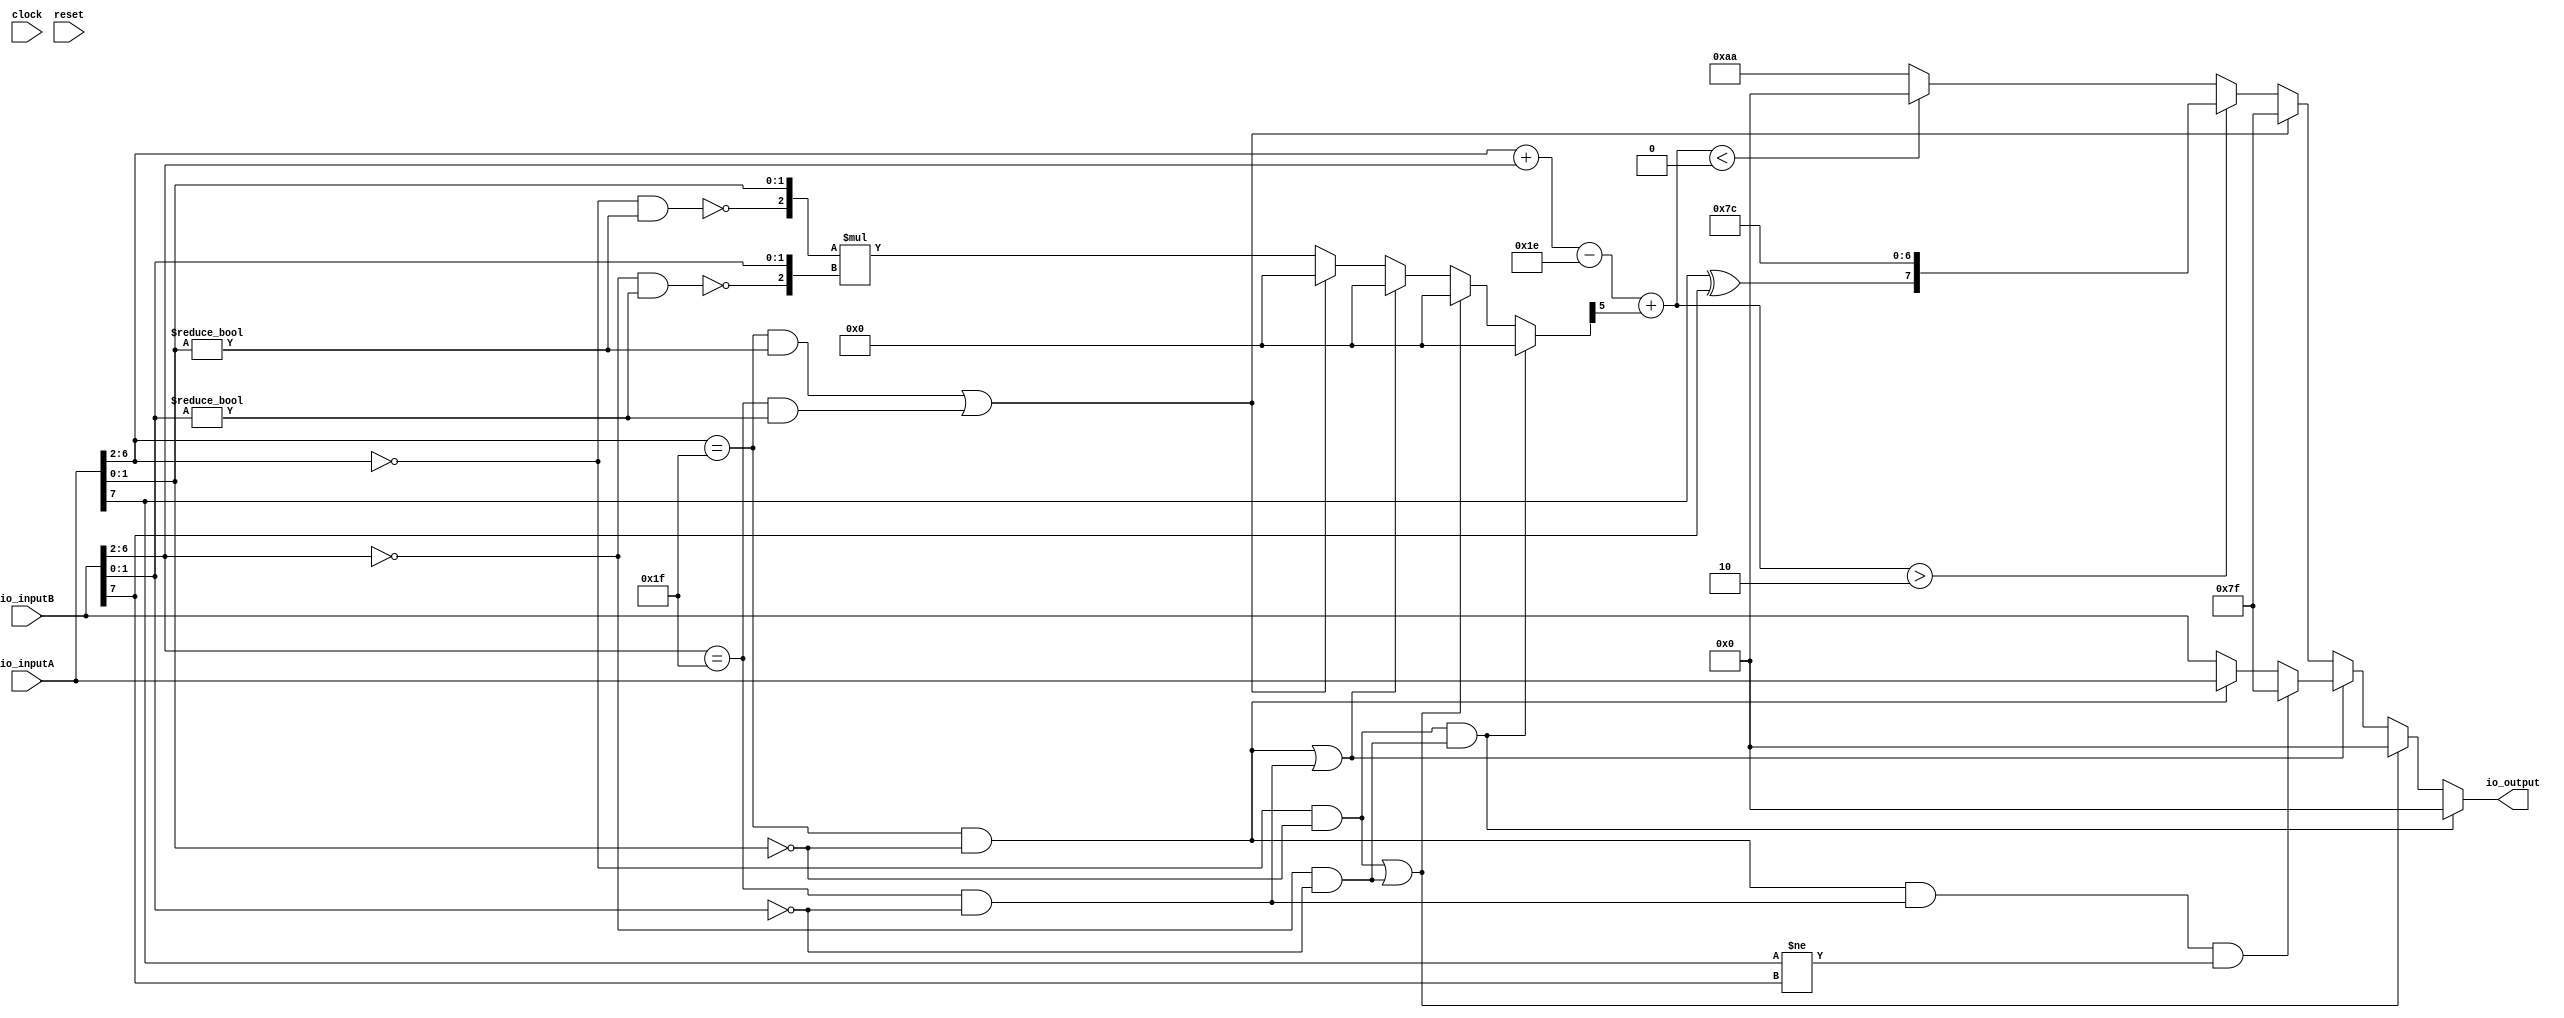
// This program was cloned from: https://github.com/wilfredkisku/CHISEL3-PROJECTS
// License: The Unlicense

module FP8_MUL(
  input        clock,
  input        reset,
  input  [7:0] io_inputA,
  input  [7:0] io_inputB,
  output [7:0] io_output
);
  wire  signA = io_inputA[7]; // @[FP8_MUL.scala 13:20]
  wire [4:0] expA = io_inputA[6:2]; // @[FP8_MUL.scala 14:24]
  wire [1:0] sigA = io_inputA[1:0]; // @[FP8_MUL.scala 15:27]
  wire  signB = io_inputB[7]; // @[FP8_MUL.scala 13:20]
  wire [4:0] expB = io_inputB[6:2]; // @[FP8_MUL.scala 14:24]
  wire [1:0] sigB = io_inputB[1:0]; // @[FP8_MUL.scala 15:27]
  wire  _infFlagA_T = expA == 5'h1f; // @[FP8_MUL.scala 24:25]
  wire  _infFlagA_T_1 = sigA == 2'h0; // @[FP8_MUL.scala 24:48]
  wire  infFlagA = expA == 5'h1f & sigA == 2'h0; // @[FP8_MUL.scala 24:40]
  wire  _infFlagB_T = expB == 5'h1f; // @[FP8_MUL.scala 25:25]
  wire  _infFlagB_T_1 = sigB == 2'h0; // @[FP8_MUL.scala 25:48]
  wire  infFlagB = expB == 5'h1f & sigB == 2'h0; // @[FP8_MUL.scala 25:40]
  wire  _zeroFlagA_T = expA == 5'h0; // @[FP8_MUL.scala 28:26]
  wire  zeroFlagA = expA == 5'h0 & _infFlagA_T_1; // @[FP8_MUL.scala 28:41]
  wire  _zeroFlagB_T = expB == 5'h0; // @[FP8_MUL.scala 29:26]
  wire  zeroFlagB = expB == 5'h0 & _infFlagB_T_1; // @[FP8_MUL.scala 29:41]
  wire  _nanFlagA_T_1 = sigA != 2'h0; // @[FP8_MUL.scala 32:48]
  wire  nanFlagA = _infFlagA_T & sigA != 2'h0; // @[FP8_MUL.scala 32:40]
  wire  _nanFlagB_T_1 = sigB != 2'h0; // @[FP8_MUL.scala 33:48]
  wire  nanFlagB = _infFlagB_T & sigB != 2'h0; // @[FP8_MUL.scala 33:40]
  wire  subFlagA = _zeroFlagA_T & _nanFlagA_T_1; // @[FP8_MUL.scala 36:40]
  wire  subFlagB = _zeroFlagB_T & _nanFlagB_T_1; // @[FP8_MUL.scala 37:40]
  wire [7:0] _io_output_T = infFlagA ? io_inputA : io_inputB; // @[FP8_MUL.scala 53:23]
  wire [7:0] _GEN_0 = infFlagA & infFlagB & signA != signB ? 8'h7f : _io_output_T; // @[FP8_MUL.scala 50:53 51:17 53:17]
  wire  _ovrChk_6_T = ~subFlagA; // @[FP8_MUL.scala 58:21]
  wire [2:0] _ovrChk_6_T_1 = {_ovrChk_6_T,sigA}; // @[Cat.scala 33:92]
  wire  _ovrChk_6_T_2 = ~subFlagB; // @[FP8_MUL.scala 58:44]
  wire [2:0] _ovrChk_6_T_3 = {_ovrChk_6_T_2,sigB}; // @[Cat.scala 33:92]
  wire [5:0] _ovrChk_6_T_4 = _ovrChk_6_T_1 * _ovrChk_6_T_3; // @[FP8_MUL.scala 58:38]
  wire [4:0] _T_7 = io_inputA[6:2]; // @[FP8_MUL.scala 59:16]
  wire [4:0] _T_8 = io_inputB[6:2]; // @[FP8_MUL.scala 59:28]
  wire [4:0] _T_11 = $signed(_T_7) + $signed(_T_8); // @[FP8_MUL.scala 59:22]
  wire [5:0] _GEN_11 = {{1{_T_11[4]}},_T_11}; // @[FP8_MUL.scala 59:35]
  wire [5:0] _T_14 = $signed(_GEN_11) - 6'sh1e; // @[FP8_MUL.scala 59:35]
  wire [5:0] _GEN_4 = nanFlagA | nanFlagB ? 6'h0 : _ovrChk_6_T_4; // @[FP8_MUL.scala 41:14 55:35 58:14]
  wire [5:0] _GEN_6 = infFlagA | infFlagB ? 6'h0 : _GEN_4; // @[FP8_MUL.scala 41:14 48:35]
  wire [5:0] _GEN_8 = zeroFlagA | zeroFlagB ? 6'h0 : _GEN_6; // @[FP8_MUL.scala 41:14 46:37]
  wire [5:0] ovrChk_6 = zeroFlagA & zeroFlagB ? 6'h0 : _GEN_8; // @[FP8_MUL.scala 41:14 43:32]
  wire  _T_16 = ovrChk_6[5]; // @[FP8_MUL.scala 59:56]
  wire [5:0] _GEN_12 = {6{_T_16}}; // @[FP8_MUL.scala 59:42]
  wire [5:0] _T_19 = $signed(_T_14) + $signed(_GEN_12); // @[FP8_MUL.scala 59:42]
  wire  _io_output_T_1 = signA ^ signB; // @[FP8_MUL.scala 63:30]
  wire [7:0] _io_output_T_2 = {_io_output_T_1,7'h7c}; // @[Cat.scala 33:92]
  wire [7:0] _GEN_1 = $signed(_T_19) < 6'sh0 ? 8'h0 : 8'haa; // @[FP8_MUL.scala 64:93 65:17 68:17]
  wire [7:0] _GEN_2 = $signed(_T_19) > -6'sh2 ? _io_output_T_2 : _GEN_1; // @[FP8_MUL.scala 59:86 63:17]
  wire [7:0] _GEN_3 = nanFlagA | nanFlagB ? 8'h7f : _GEN_2; // @[FP8_MUL.scala 55:35 56:15]
  wire [7:0] _GEN_5 = infFlagA | infFlagB ? _GEN_0 : _GEN_3; // @[FP8_MUL.scala 48:35]
  wire [7:0] _GEN_7 = zeroFlagA | zeroFlagB ? 8'h0 : _GEN_5; // @[FP8_MUL.scala 46:37 47:15]
  assign io_output = zeroFlagA & zeroFlagB ? 8'h0 : _GEN_7; // @[FP8_MUL.scala 43:32 45:15]
endmodule